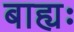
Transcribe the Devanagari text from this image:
बाह्यः